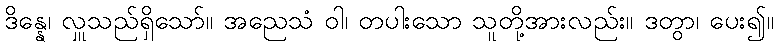
ဒိန္နေ၊ လှူသည်ရှိသော်။ အညေသံ ဝါ၊ တပါးသော သူတို့အားလည်း။ ဒတွာ၊ ပေး၍။